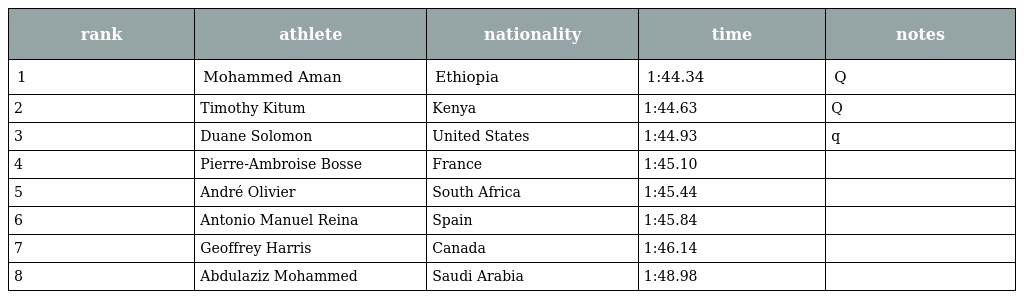
| rank | athlete | nationality | time | notes |
 | --- | --- | --- | --- | --- |
 | 1 | Mohammed Aman | Ethiopia | 1:44.34 | Q |
 | 2 | Timothy Kitum | Kenya | 1:44.63 | Q |
 | 3 | Duane Solomon | United States | 1:44.93 | q |
 | 4 | Pierre-Ambroise Bosse | France | 1:45.10 |  |
 | 5 | André Olivier | South Africa | 1:45.44 |  |
 | 6 | Antonio Manuel Reina | Spain | 1:45.84 |  |
 | 7 | Geoffrey Harris | Canada | 1:46.14 |  |
 | 8 | Abdulaziz Mohammed | Saudi Arabia | 1:48.98 |  |